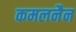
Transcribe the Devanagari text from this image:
कमलनैन